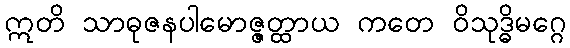
ဣတိ သာဓုဇနပါမောဇ္ဇတ္ထာယ ကတေ ဝိသုဒ္ဓိမဂ္ဂေ